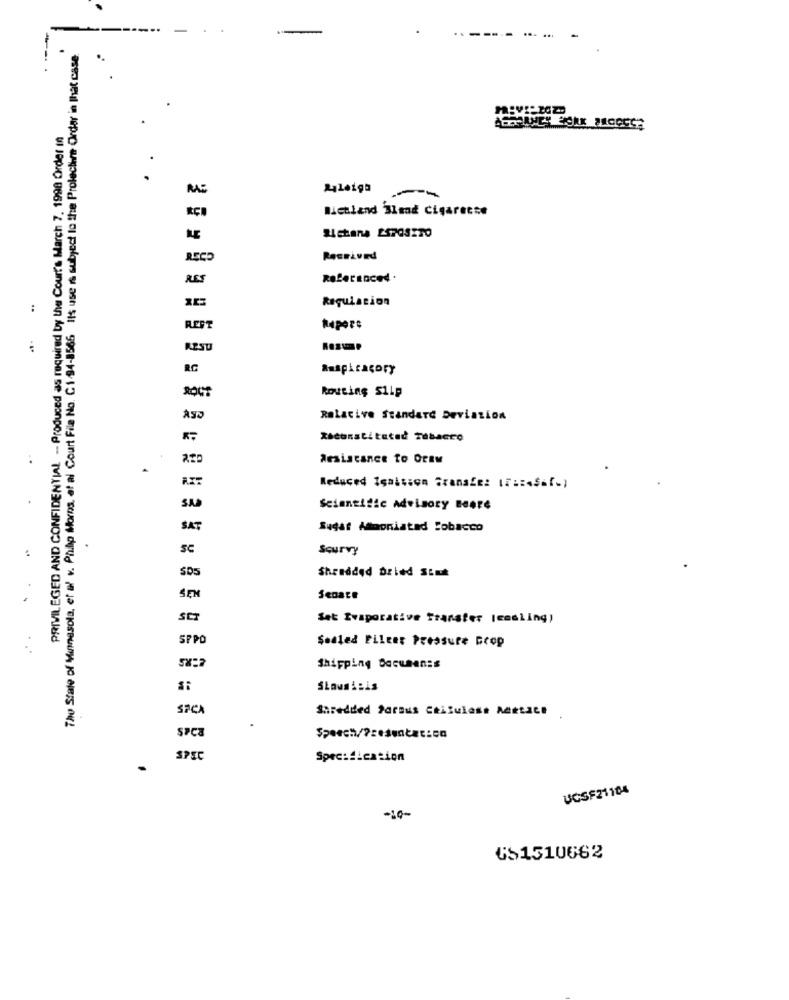
... ...
The State of Minnesota, et al v. Philip Morns, at al Court File No. C.1.94-8566 Its use is subject to the Prolecture Order in That case
PRIVILEGED AND CONFIDENTIAL -- Produced as required by the Court's March 7. 1998 Order in
Aleiga
Richland Bland Cigarette
Received
RES
Regulation
REST
RESU
RC
Auspicagory
Routing S1Lp
Rotacive Standard Deviation
Xiconstituted Tobacco
Resistance to Oraw
Reduced İşalsion Sranafe: IT :: esaf-)
Scientific Advisory Beere
SAT
Sugar Ammoniatad Sobacco
SC
Scurvy
Shredded Dried Sink
SEN
SCT
Sat Evaporative Transfer Icmsling)
SPPO
Sodled Filter Pressure Drop
Shipping Documents
SLawsisis
SICA
Shredded forBus Chilulast Attact
SPEC
Specification
.
UCSF21104
-10-
651510662